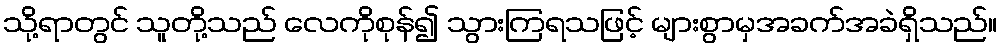
သို့ရာတွင် သူတို့သည် လေကိုစုန်၍ သွားကြရသဖြင့် များစွာမှအခက်အခဲရှိသည်။